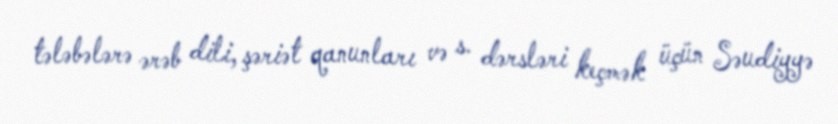
tələbələrə ərəb dili, şəriət qanunları və s. dərsləri keçmək üçün Səudiyyə